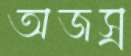
অজস্র